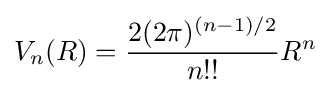
V_{n}(R)={\frac {2(2\pi )^{(n-1)/2}}{n!!}}R^{n}